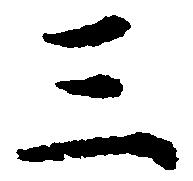
三